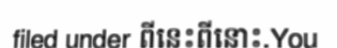
filed under ពីនេះពីនោះ.You